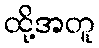
ထို့အတူ